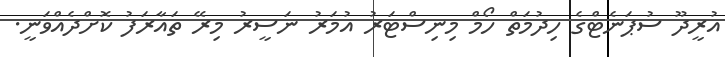
އުރީދޫ ސުޕަނެޓްގެ ހިދުމަތް ހޯމް މިނިސްޓަރު އުމަރު ނަސީރު މިރޭ ތައާރަފު ކޮށްދެއްވަނީ.